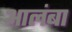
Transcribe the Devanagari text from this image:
आलंबा